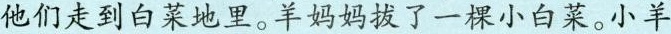
他们走到白菜地里。羊妈妈拔了一棵小白菜。小羊